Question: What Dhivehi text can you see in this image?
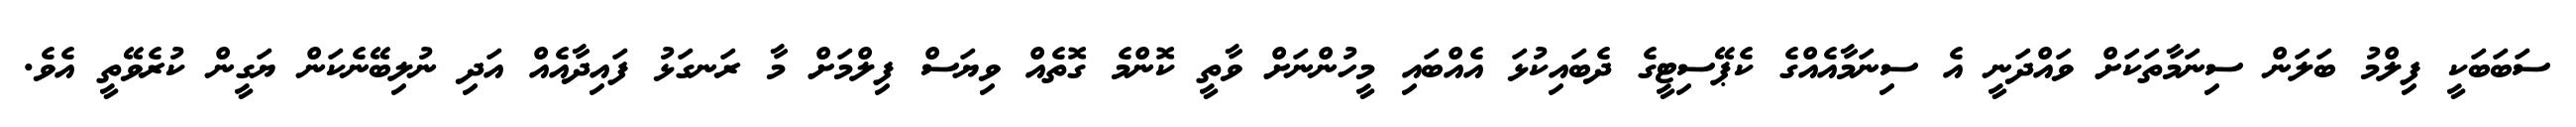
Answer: ސަބަބަކީ ފިލްމު ބަލަން ސިނަމާތަކަށް ވައްދަނީ އެ ސިނަމާއެއްގެ ކެޕޭސިޓީގެ ދެބައިކުޅަ އެއްބައި މީހުންނަށް ވާތީ ކޮންމެ ގޮތެއް ވިޔަސް ފިލްމަށް މާ ރަނގަޅު ފައިދާއެއް އަދި ނުލިބޭނެކަން ޔަގީން ކުރެވޭތީ އެވެ.